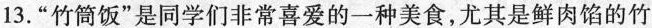
13.”竹筒饭”是同学们非常喜爱的一种美食，尤其是鲜肉馅的竹